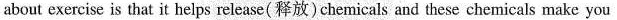
about exercise is that it helps release (释放) chemicals and these chemicals make you